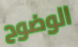
الوضوح